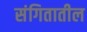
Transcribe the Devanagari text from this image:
संगितातील